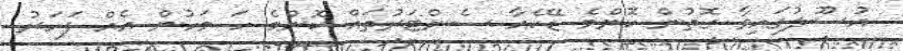
އުސޫލުގައިވާ ގޮތުން ކޮންމެ ޑޭކެއާ ސެންޓަރުތައް ކޮންމެ ހަ މަހުން އެއް ފަހަރު